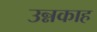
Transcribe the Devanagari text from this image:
उन्नकाह